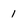
Character: 1